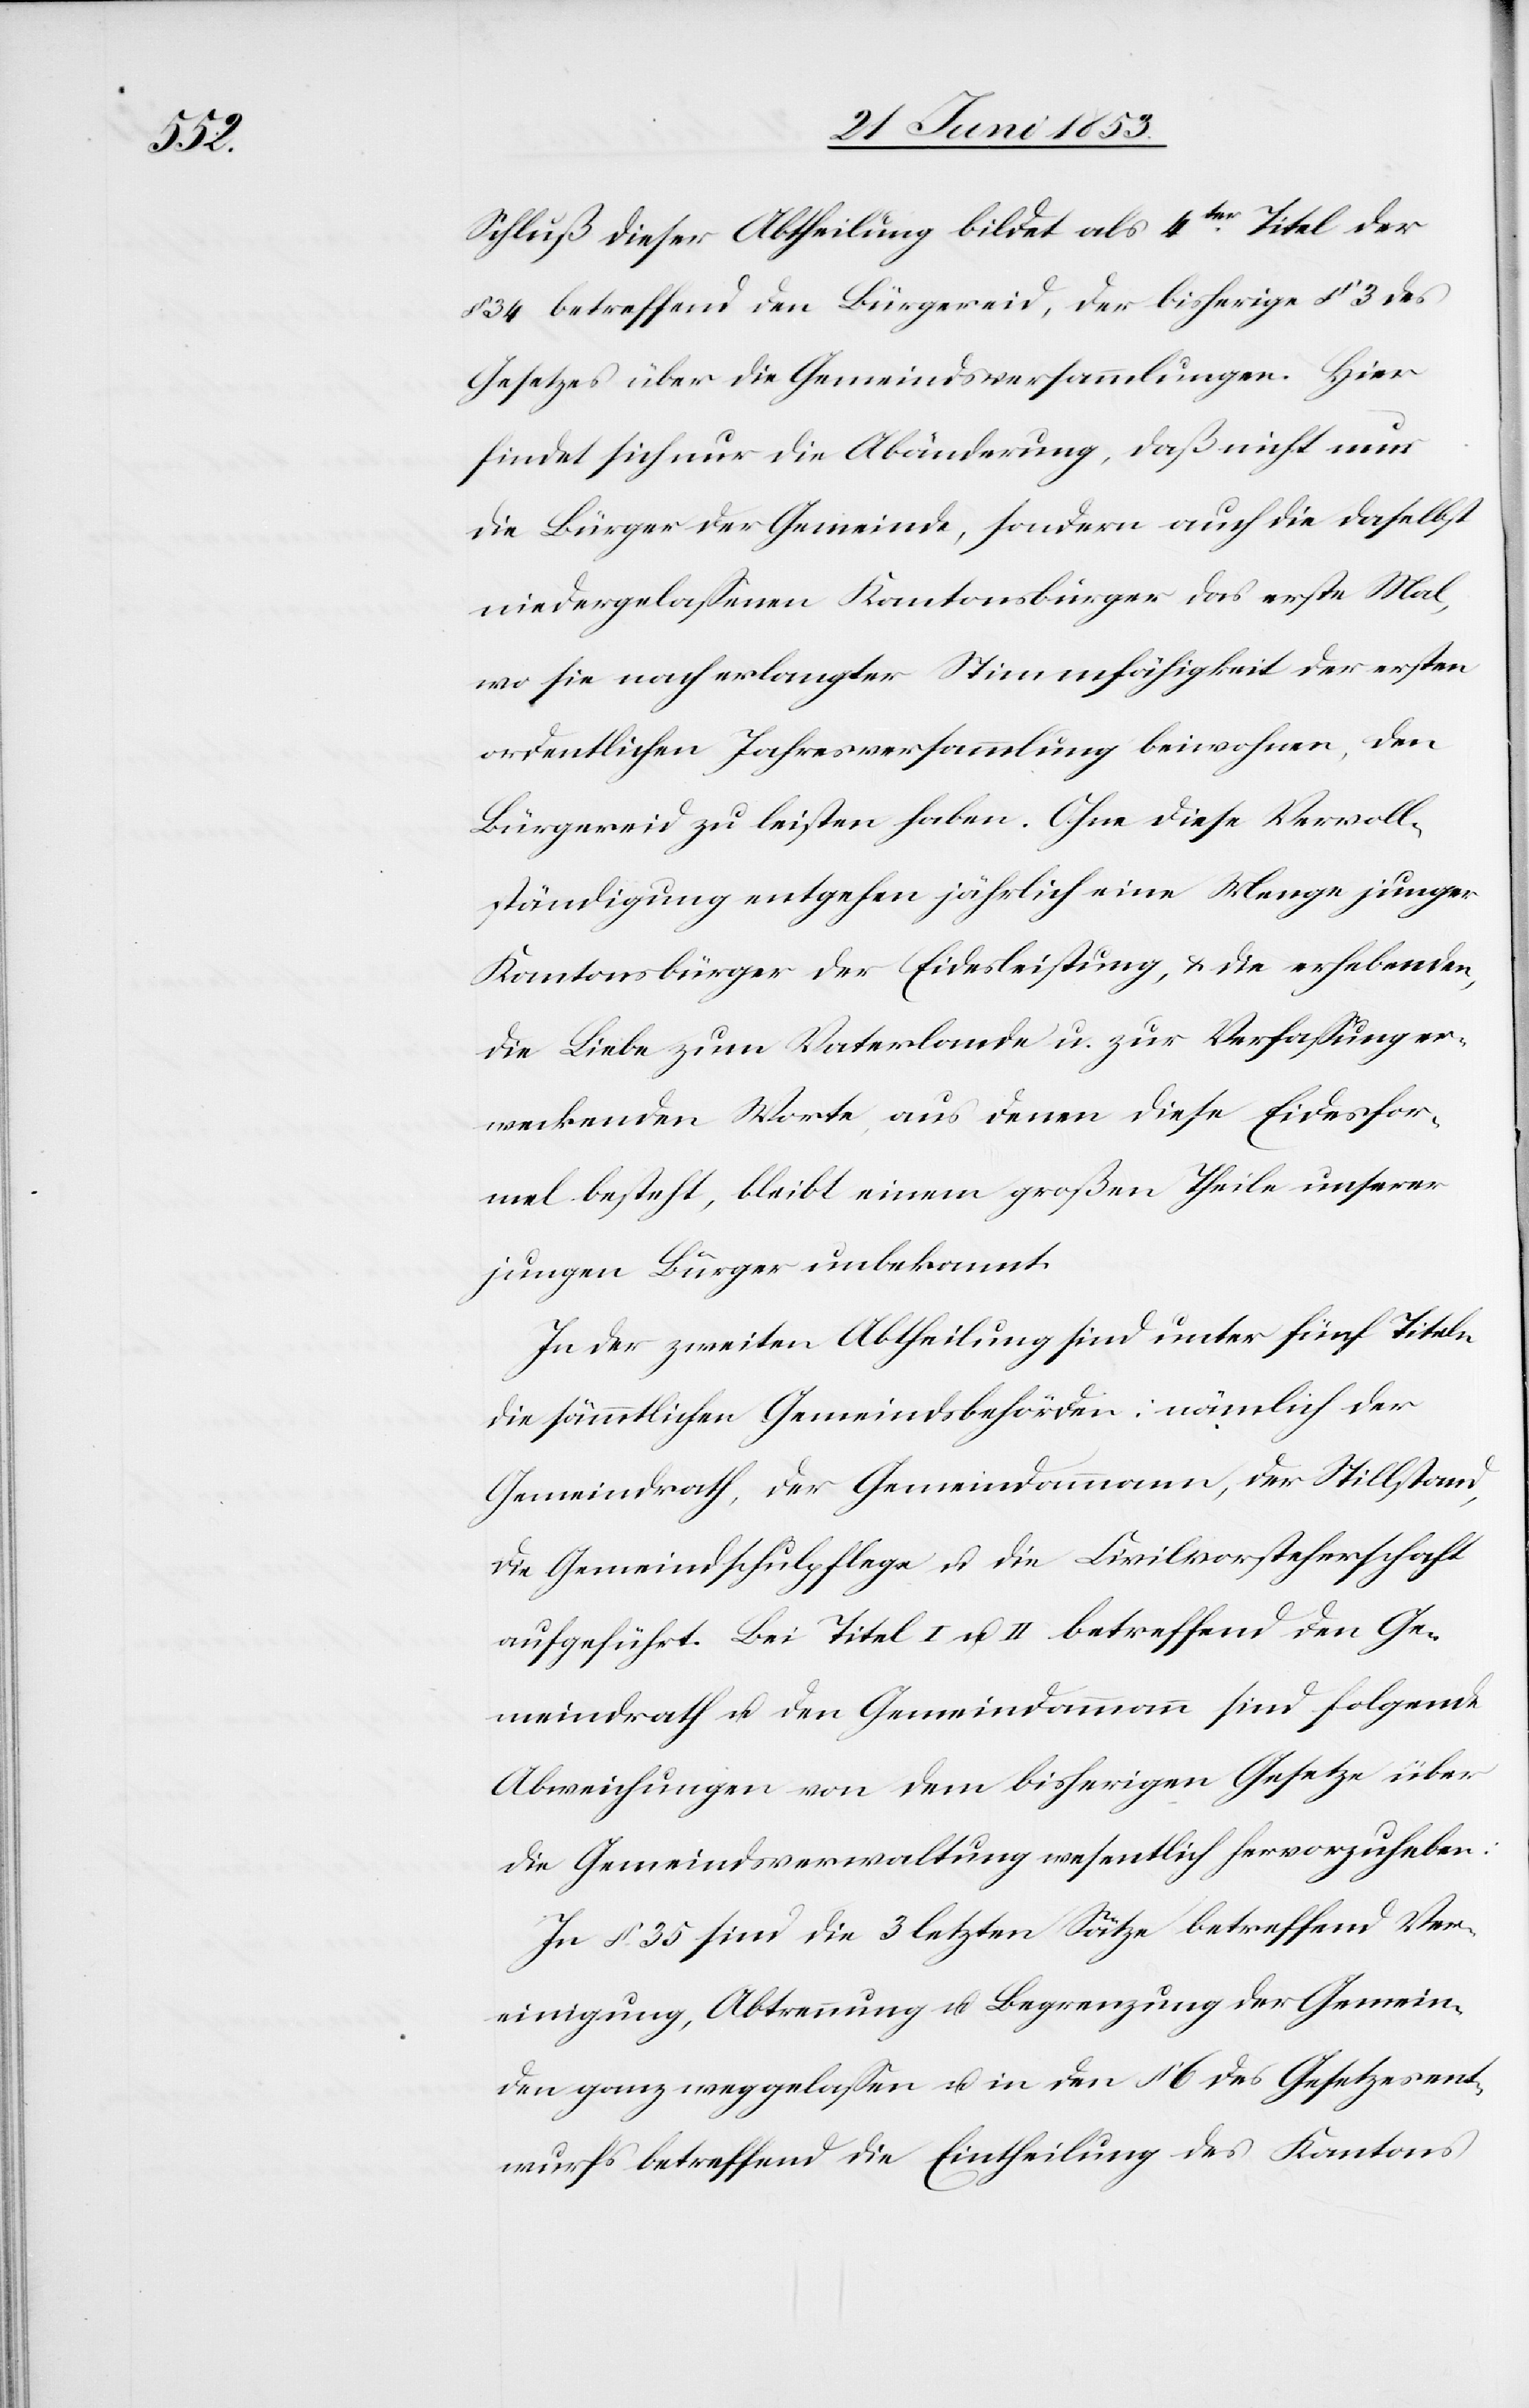
Schluß dieser Abtheilung bildet als 4ter. Titel der
34 betreffend den Bürgereid, der bisherige § 3 des
Gesetzes über die Gemeindsversammlungen. Hier
findet sich nur die Abänderung, daß nicht nur
die Bürger der Gemeinde, sondern auch die daselbst
niedergelaßenen Kantonsbürger das erste Mal,
wo sie nach erlangter Stimmfähigkeit der ersten
ordentlichen Jahresversammlung beiwohnen, den
Bürgereid zu leisten haben. Ohne diese Vervoll¬
ständigung entgehen jährlich eine Menge junger
Kantonsbürger der Eidesleistung, u. die erhebenden,
die Liebe zum Vaterlande u. zur Verfaßung er¬
weckenden Worte aus denen diese Eidesfor¬
mel besteht, bleibt einem großen Theile unserer
jungen Bürger unbekannt.
In der zweiten Abtheilung sind unter fünf Titeln
die sämmtlichen Gemeindsbehörden: nämlich der
Gemeindrath, der Gemeindammann, der Stillstand,
die Gemeindschulpflege u. die Civilvorsteherschaft
aufgeführt. Bei Titel I. u. II betreffend den Ge¬
meindrath u. den Gemeindammann sind folgende
Abweichungen von dem bisherigen Gesetze über
die Gemeindsverwaltung wesentlich hervorzuheben:
In § 35 sind die 3 letzten Sätze betreffend Ver¬
einigung, Abtrennung u. Begrenzung der Gemein¬
den ganz weggelaßen u. in den § 6 des Gesetzesent¬
wurfes betreffend die Eintheilung des Kantons